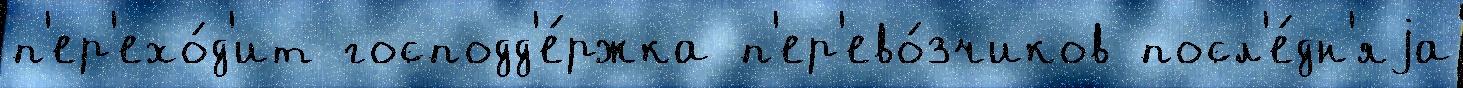
п'ер'ехо́д'ит господд'е́ржка п'ер'ево́зчиков посл'е́дн'яjа